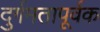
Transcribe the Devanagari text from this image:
दुर्गमतापूर्वक